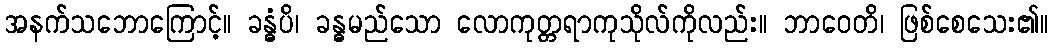
အနက်သဘောကြောင့်။ ခန္ဓံပိ၊ ခန္ဓမည်သော လောကုတ္တရာကုသိုလ်ကိုလည်း။ ဘာဝေတိ၊ ဖြစ်စေသေး၏။